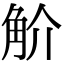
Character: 𧣋